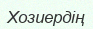
Хозиердің